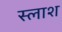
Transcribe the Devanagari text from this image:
स्लाश